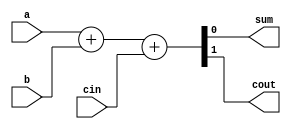
// Description: 1-bit full adder

`timescale 1ns / 1ns

module full_adder (input wire a, b, cin,
		output reg sum, cout);

always @(a or b or cin)
  {cout, sum} = a + b + cin;

endmodule